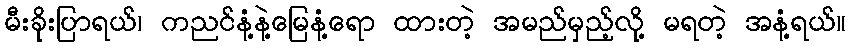
မီးခိုးပြာရယ်၊ ကညင်နံ့နဲ့မြေနံ့ရော ထားတဲ့ အမည်မှည့်လို့ မရတဲ့ အနံ့ရယ်။